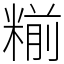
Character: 糋